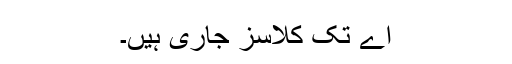
اے تک کلاسز جاری ہیں۔